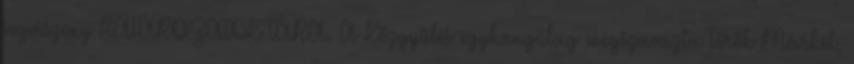
jogviszony HATÁROZATOK TÁRA. A Közgyűlés egyhangúlag megszavazta Török Márkot,